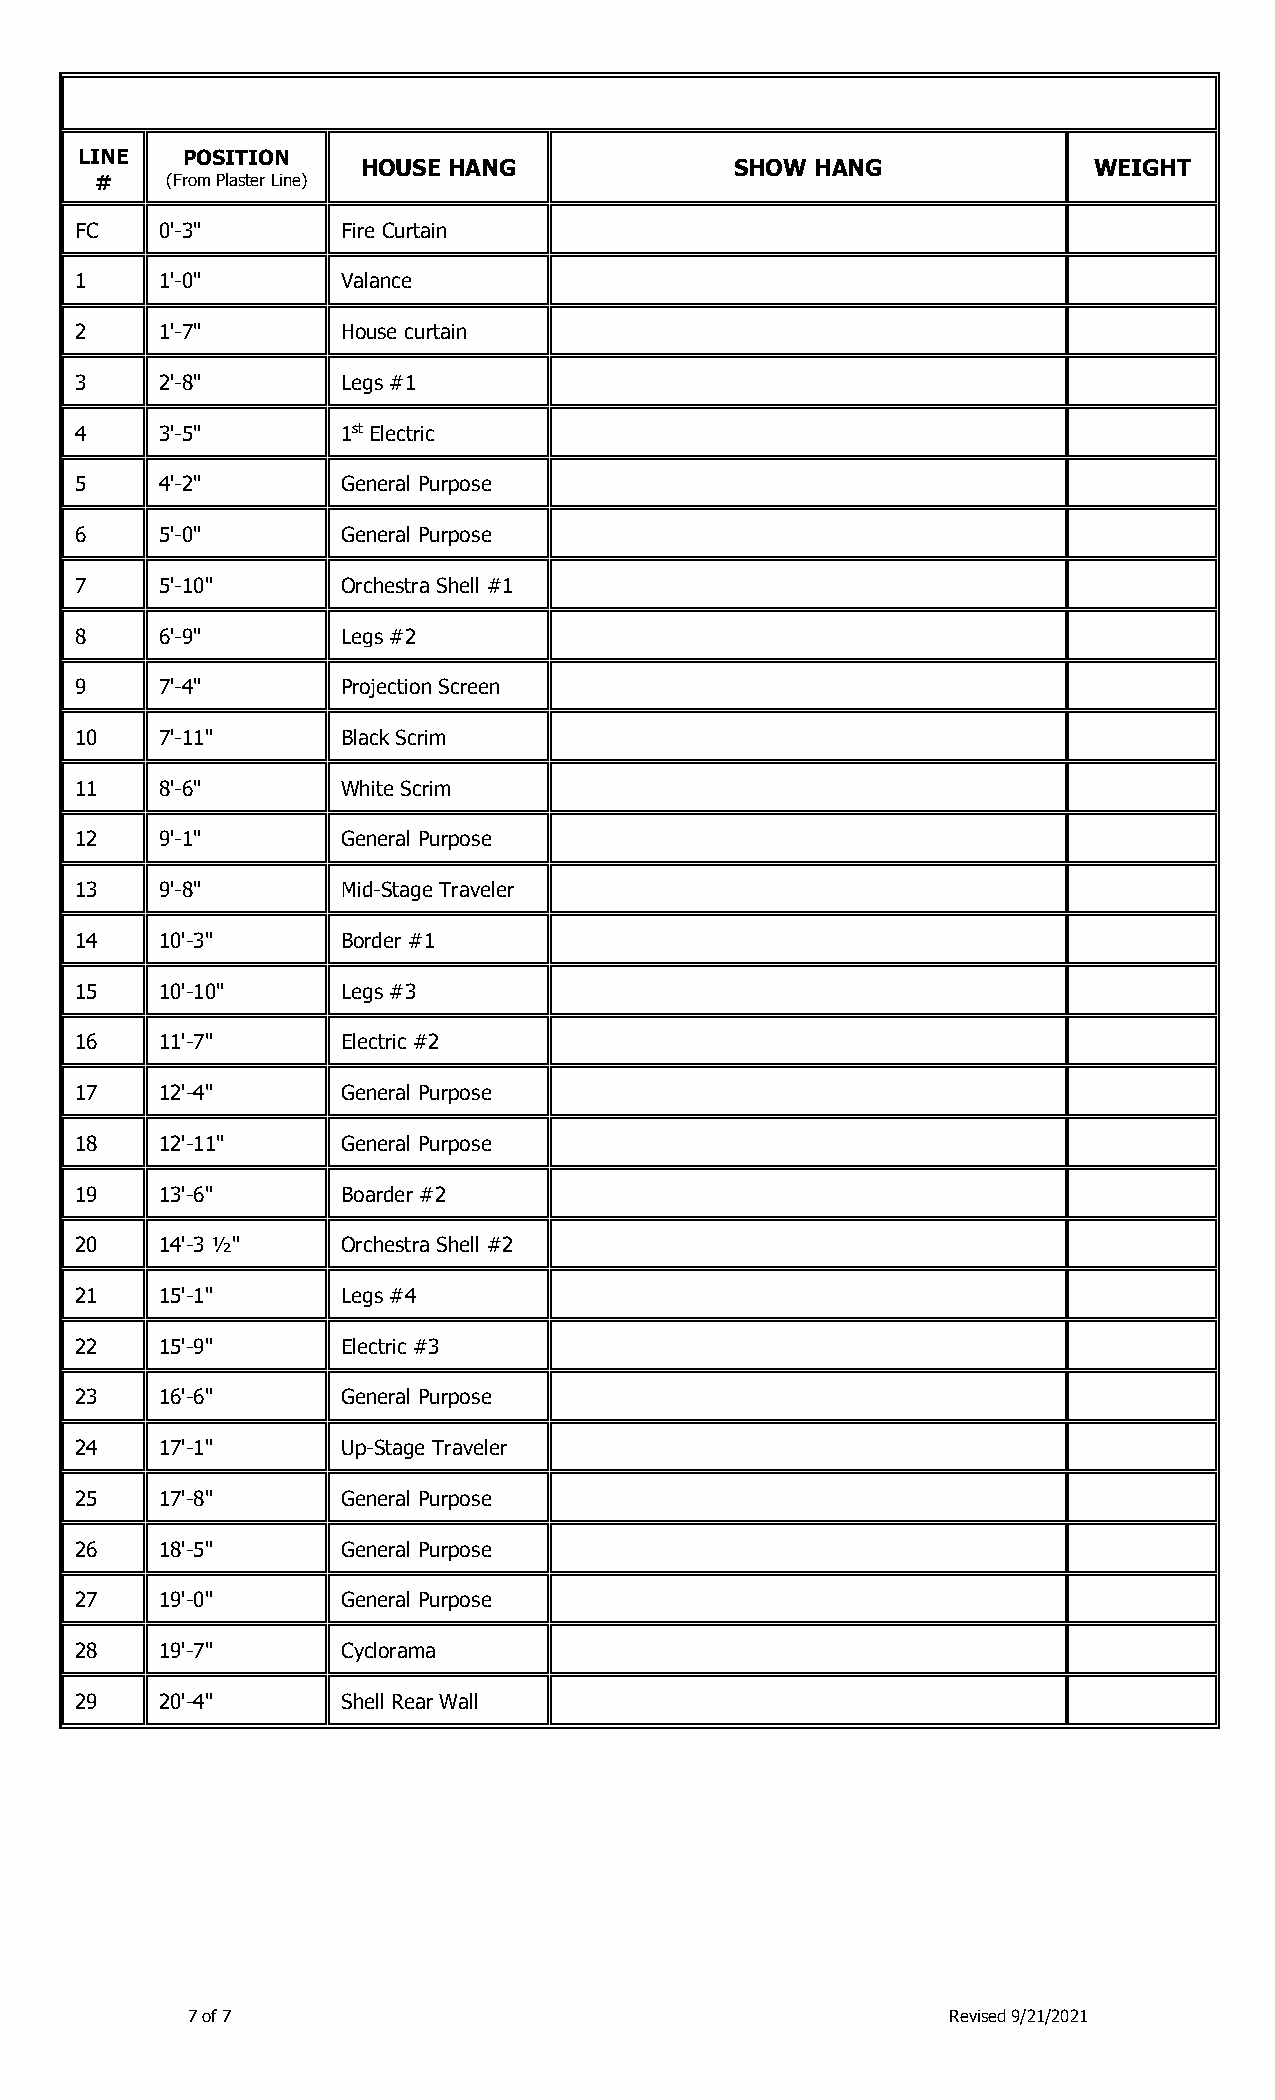
LINE   POSITION
 HOUSE HANG               SHOW HANG              WEIGHT
 #    (From Plaster Line)
 FC   0'-3"        Fire Curtain
 1    1'-0"        Valance
 2    1'-7"        House curtain
 3    2'-8"        Legs #1
 4    3'-5"        1st Electric
 5    4'-2"        General Purpose
 6    5'-0"        General Purpose
 7    5'-10"       Orchestra Shell #1
 8    6'-9"        Legs #2
 9    7'-4"        Projection Screen
 10   7'-11"       Black Scrim
 11   8'-6"        White Scrim
 12   9'-1"        General Purpose
 13   9'-8"        Mid-Stage Traveler
 14   10'-3"       Border #1
 15   10'-10"      Legs #3
 16   11'-7"       Electric #2
 17   12'-4"       General Purpose
 18   12'-11"      General Purpose
 19   13'-6"       Boarder #2
 20   14'-3 ½"     Orchestra Shell #2
 21   15'-1"       Legs #4
 22   15'-9"       Electric #3
 23   16'-6"       General Purpose
 24   17'-1"       Up-Stage Traveler
 25   17'-8"       General Purpose
 26   18'-5"       General Purpose
 27   19'-0"       General Purpose
 28   19'-7"       Cyclorama
 29   20'-4"       Shell Rear Wall
 7 of 7                                             Revised 9/21/2021